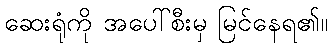
ဆေးရုံကို အပေါ်စီးမှ မြင်နေရ၏။